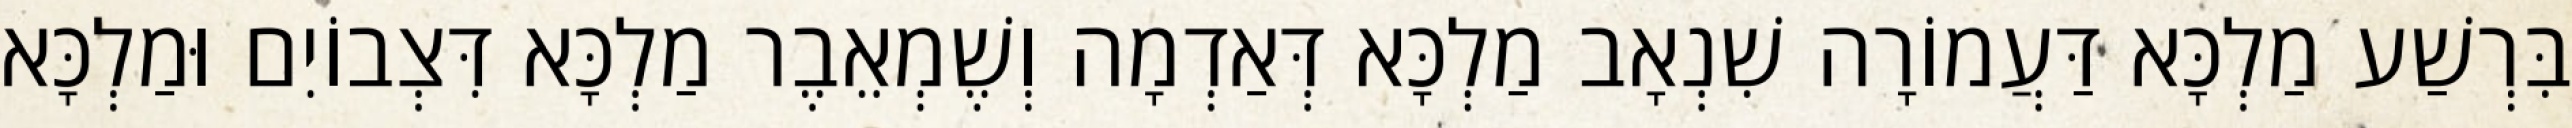
בִּרְשַׁע מַלְכָּא דַּעֲמוֹרָה שִׁנְאָב מַלְכָּא דְּאַדְמָה וְשֶׁמְאֵבֶר מַלְכָּא דִּצְבוֹיִם וּמַלְכָּא